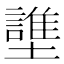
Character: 䜃